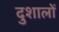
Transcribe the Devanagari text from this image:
दुशालों